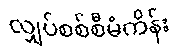
လျှပ်စစ်စီမံကိန်း